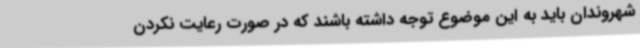
شهروندان باید به این موضوع توجه داشته باشند که در صورت رعایت نکردن